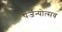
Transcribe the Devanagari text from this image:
पर्जन्योत्सव